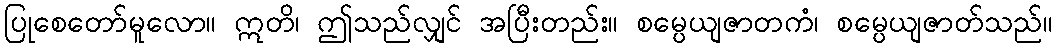
ပြုစေတော်မူလော။ ဣတိ၊ ဤသည်လျှင် အပြီးတည်း။ စမ္ပေယျဇာတကံ၊ စမ္ပေယျဇာတ်သည်။